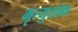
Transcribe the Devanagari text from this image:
मृत्युशोक